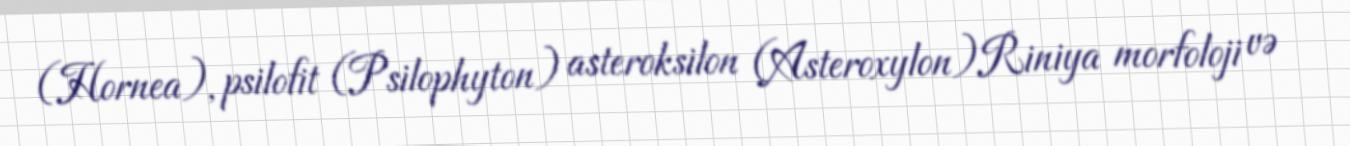
(Hornea), psilofit (Psilophyton) asteroksilon (Asteroxylon)Riniya morfoloji və